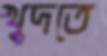
খুদতে